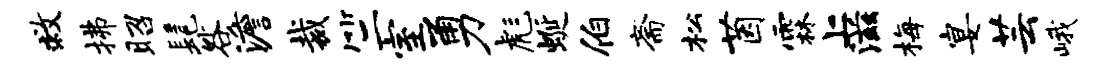
救拂昭髦咎澹裁竺室勇彪蜒伯斋松茵霖上滋梅宴芸峨